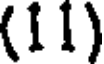
(11)